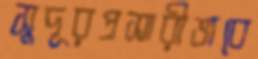
সুদূরপ্রসারীভাবে